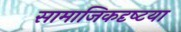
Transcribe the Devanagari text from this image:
सामाजिकदृष्‍टया